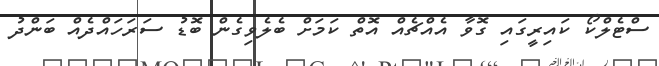
ސްޓެލްކޯ ކައިރީގައި ގޮވާ އެއްޗެއް އޮތް ކަމަށް ބެލެވިގެން ބޮޑު ސަރަހައްދެއް ބަންދު